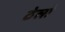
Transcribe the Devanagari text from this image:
ठेलो